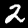
Digit: 2